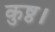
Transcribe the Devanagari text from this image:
कुष्ठ।